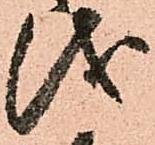
儀